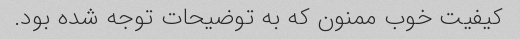
کیفیت خوب ممنون که به توضیحات توجه شده بود.